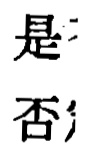
是
否